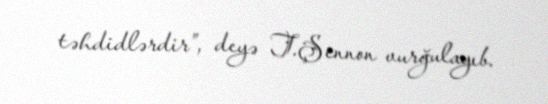
təhdidlərdir”, deyə T.Şennon vurğulayıb.